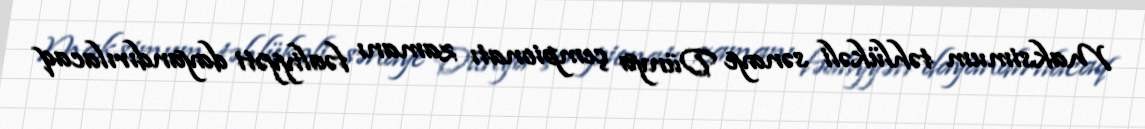
Maksimum təhlükəli sənaye Dünya çempionatı zamanı fəaliyyəti dayandırılacaq